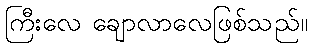
ကြီးလေ ချောလာလေဖြစ်သည်။